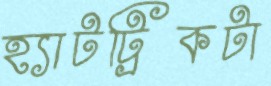
হ্যাটট্রিকটা